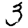
Digit: 3